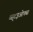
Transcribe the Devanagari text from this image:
व्स्८इओफ्व्स